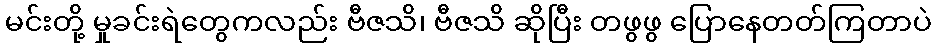
မင်းတို့ မှုခင်းရဲတွေကလည်း ဗီဇသိ၊ ဗီဇသိ ဆိုပြီး တဖွဖွ ပြောနေတတ်ကြတာပဲ